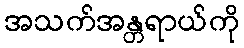
အသက်အန္တရာယ်ကို